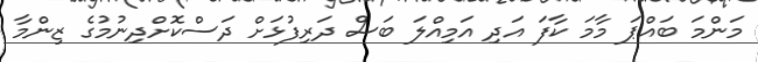
މަންމަ ބައްޕަ މާމަ ކާފަ އަދި އަމިއްލަ ބަސް ދަރިފުޅަށް ދަސްކޮށްދިނުމުގެ ޒިންމާ